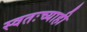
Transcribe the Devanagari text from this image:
स्वतःच्याही